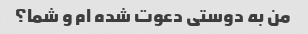
من به دوستی دعوت شده ام و شما؟